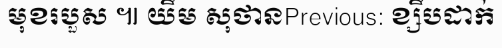
មុខរបួស ៕ យឹម សុថានPrevious: ខ្សឹបដាក់